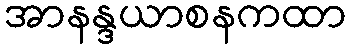
အာနန္ဒယာစနကထာ